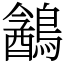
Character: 䳺